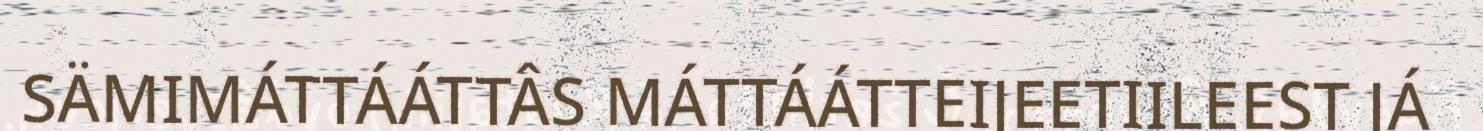
SÄMIMÁTTÁÁTTÂS MÁTTÁÁTTEIJEETIILEEST JÁ